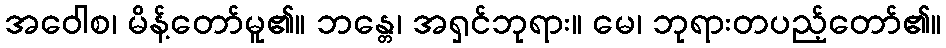
အဝေါစ၊ မိန့်တော်မူ၏။ ဘန္တေ၊ အရှင်ဘုရား။ မေ၊ ဘုရားတပည့်တော်၏။